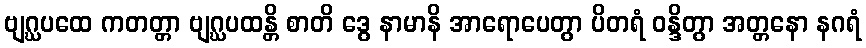
ဗျဂ္ဃပထေ ကတတ္တာ ဗျဂ္ဃပထန္တိ စာတိ ဒွေ နာမာနိ အာရောပေတွာ ပိတရံ ဝန္ဒိတွာ အတ္တနော နဂရံ